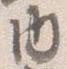
内